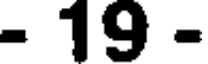
- 19 -